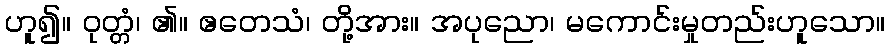
ဟူ၍။ ဝုတ္တံ၊ ၏။ ဧတေသံ၊ တို့အား။ အပုညော၊ မကောင်းမှုတည်းဟူသော။